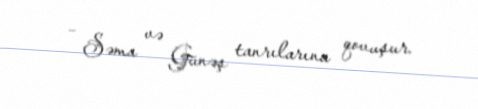
– Səma və Günəş tanrılarına qovuşur.